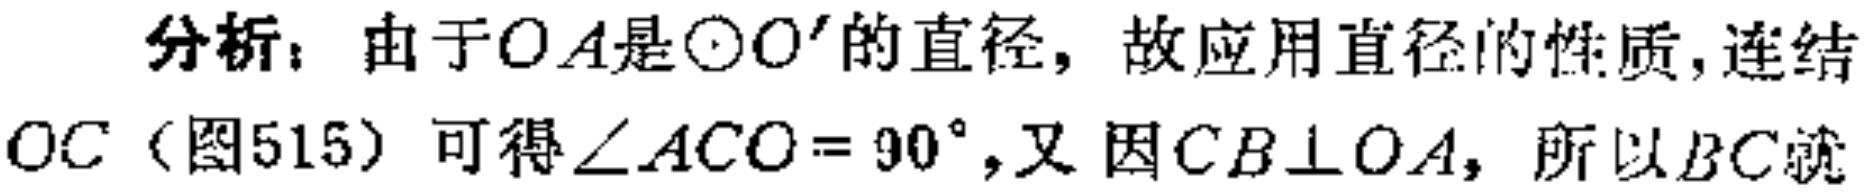
分析：由于\(OA\)是\(\odot O'\)的直径，故应用直径的性质，连结\(OC\)（图515）可得\(\angle ACO = 90^{\circ}\)，又因\(CB\perp OA\)，所以\(BC\)就